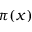
\pi ( x )